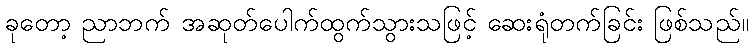
ခုတော့ ညာဘက် အဆုတ်ပေါက်ထွက်သွားသဖြင့် ဆေးရုံတက်ခြင်း ဖြစ်သည်။